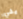
يفي